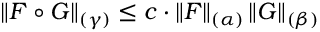
\left\| F \circ G \right\| _ { ( \gamma ) } \leq c \cdot \left\| F \right\| _ { ( \alpha ) } \left\| G \right\| _ { ( \beta ) }